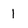
Character: I